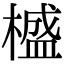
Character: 𣛮